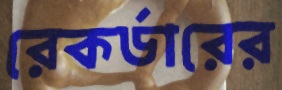
রেকর্ডারের